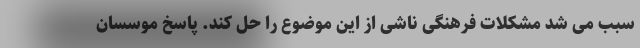
سبب می شد مشکلات فرهنگی ناشی از این موضوع را حل کند. پاسخ موسسان